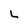
Character: L